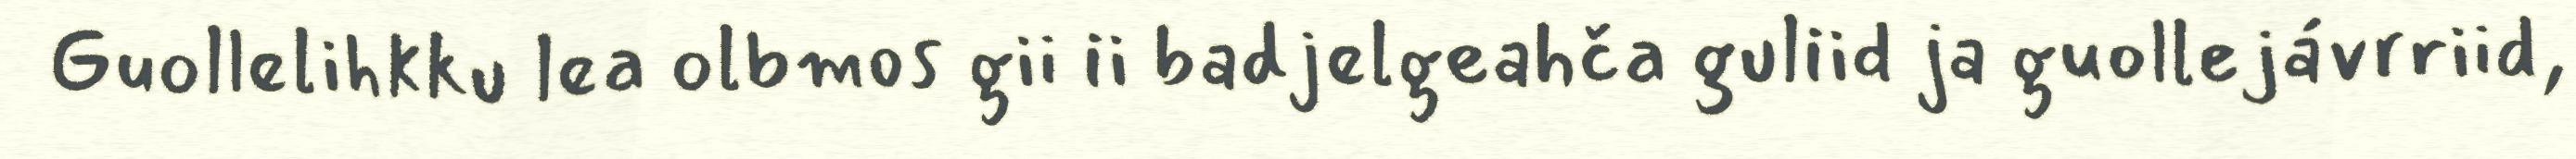
Guollelihkku lea olbmos gii ii badjelgeahča guliid ja guollejávrriid,